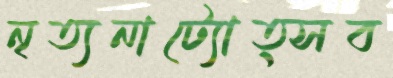
নৃত্যনাট্যোত্সব